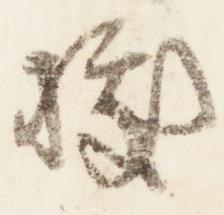
拠